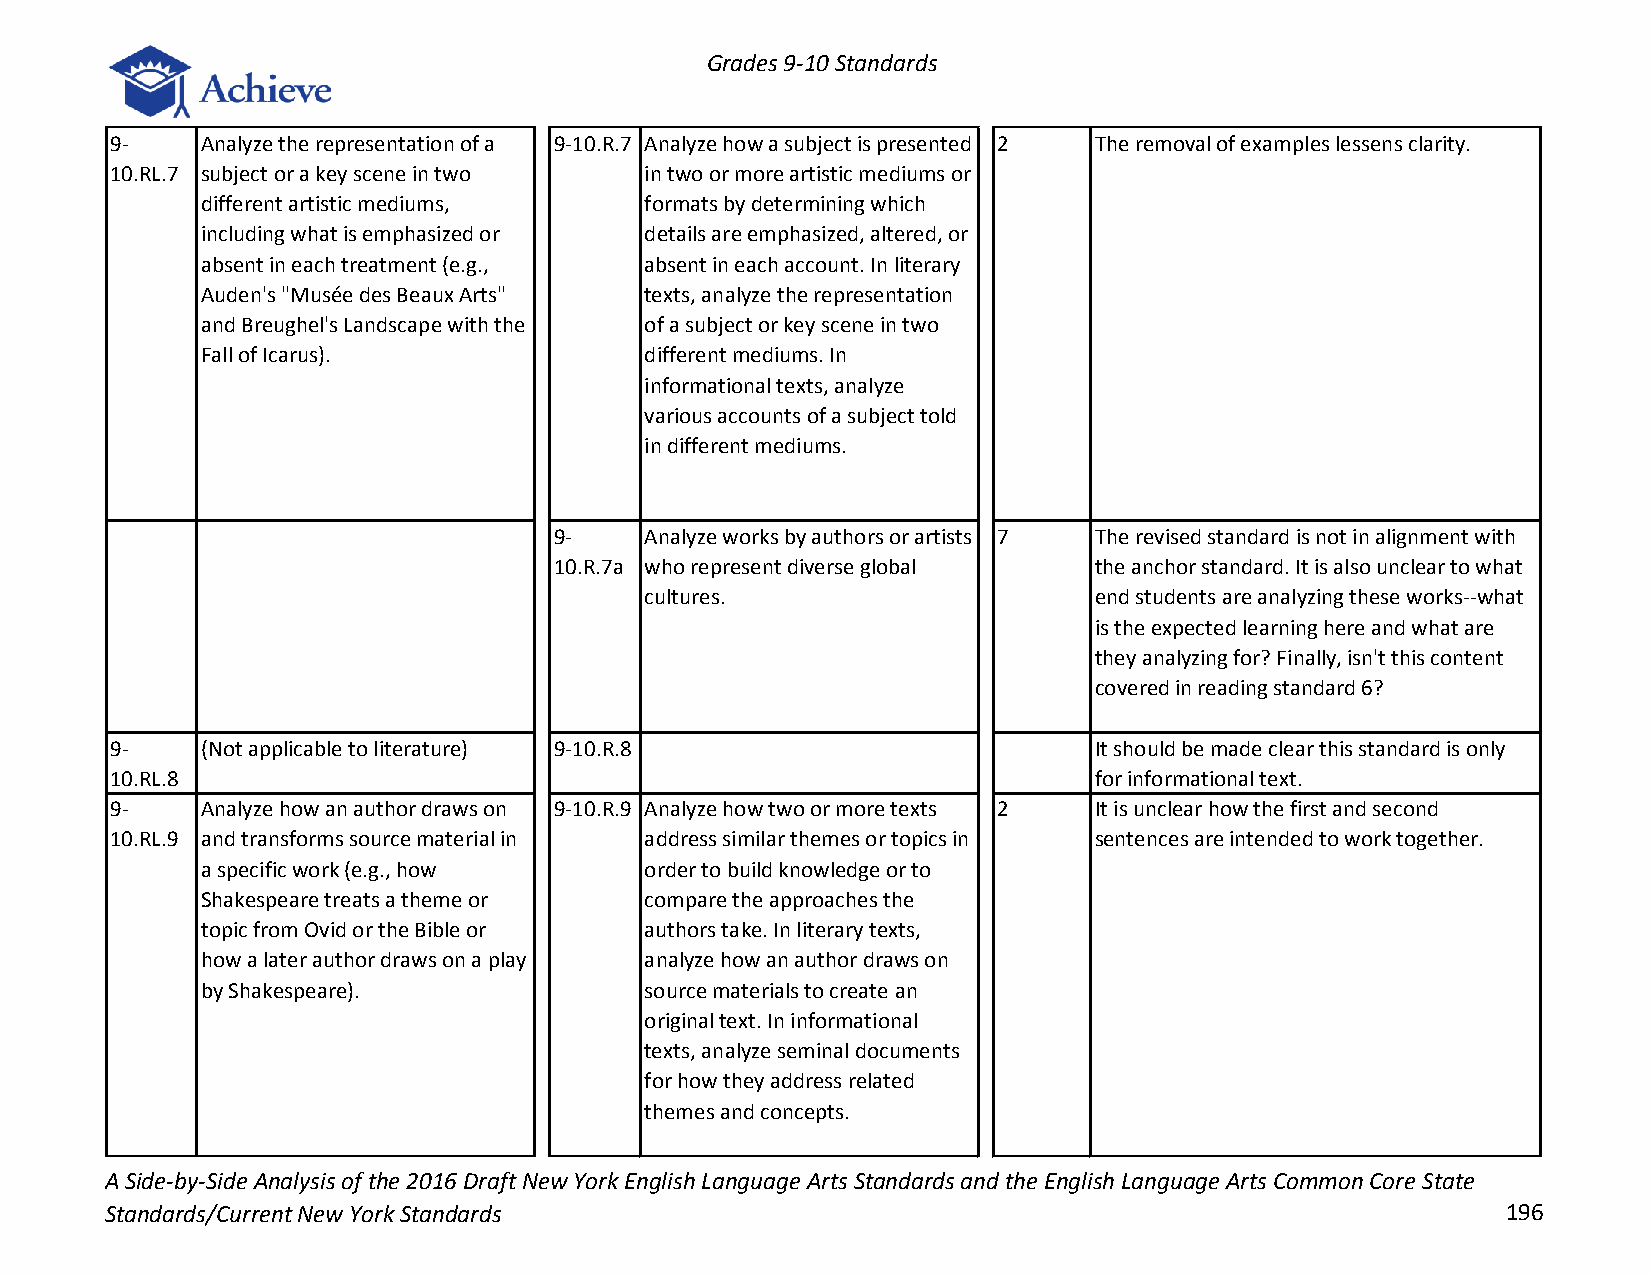
Grades 9-10 Standards
 9-    Analyze the representation of a 9-10.R.7 Analyze how a subject is presented 2 The removal of examples lessens clarity.
 10.RL.7 subject or a key scene in two in two or more artistic mediums or
 different artistic mediums,   formats by determining which
 including what is emphasized or details are emphasized, altered, or
 absent in each treatment (e.g., absent in each account. In literary
 Auden's "Musée des Beaux Arts" texts, analyze the representation
 and Breughel's Landscape with the of a subject or key scene in two
 Fall of Icarus).              different mediums. In
 informational texts, analyze
 various accounts of a subject told
 in different mediums.
 9-    Analyze works by authors or artists 7 The revised standard is not in alignment with
 10.R.7a who represent diverse global the anchor standard. It is also unclear to what
 cultures.                    end students are analyzing these works--what
 is the expected learning here and what are
 they analyzing for? Finally, isn't this content
 covered in reading standard 6?
 9-    (Not applicable to literature) 9-10.R.8                    It should be made clear this standard is only
 10.RL.8                                                          for informational text.
 9-    Analyze how an author draws on 9-10.R.9 Analyze how two or more texts 2 It is unclear how the first and second
 10.RL.9 and transforms source material in address similar themes or topics in sentences are intended to work together.
 a specific work (e.g., how    order to build knowledge or to
 Shakespeare treats a theme or compare the approaches the
 topic from Ovid or the Bible or authors take. In literary texts,
 how a later author draws on a play analyze how an author draws on
 by Shakespeare).              source materials to create an
 original text. In informational
 texts, analyze seminal documents
 for how they address related
 themes and concepts.
 A Side-by-Side Analysis of the 2016 Draft New York English Language Arts Standards and the English Language Arts Common Core State
 Standards/Current New York Standards                                                         196